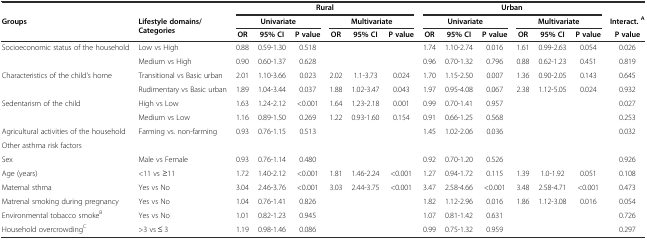
<table><thead><tr><td></td><td></td><td colspan="6"><b>Rural</b></td><td colspan="6"><b>Urban</b></td><td></td></tr><tr><td><b>Groups</b></td><td><b>Lifestyle domains/Categories</b></td><td colspan="3"><b>Univariate</b></td><td colspan="3"><b>Multivariate</b></td><td colspan="3"><b>Univariate</b></td><td colspan="3"><b>Multivariate</b></td><td><b>Interact.<sup>A</sup></b></td></tr><tr><td></td><td></td><td><b>OR</b></td><td><b>95% CI</b></td><td><b>P value</b></td><td><b>OR</b></td><td><b>95% CI</b></td><td><b>P value</b></td><td><b>OR</b></td><td><b>95% CI</b></td><td><b>P value</b></td><td><b>OR</b></td><td><b>95% CI</b></td><td><b>P value</b></td><td><b>P value</b></td></tr></thead><tbody><tr><td rowspan="2">Socioeconomic status of the household</td><td>Low vs High</td><td>0.88</td><td>0.59-1.30</td><td>0.518</td><td></td><td></td><td></td><td>1.74</td><td>1.10-2.74</td><td>0.016</td><td>1.61</td><td>0.99-2.63</td><td>0.054</td><td>0.026</td></tr><tr><td>Medium vs High</td><td>0.90</td><td>0.60-1.37</td><td>0.628</td><td></td><td></td><td></td><td>0.96</td><td>0.70-1.32</td><td>0.796</td><td>0.88</td><td>0.62-1.23</td><td>0.451</td><td>0.819</td></tr><tr><td rowspan="2">Characteristics of the child’s home</td><td>Transitional vs Basic urban</td><td>2.01</td><td>1.10-3.66</td><td>0.023</td><td>2.02</td><td>1.1-3.73</td><td>0.024</td><td>1.70</td><td>1.15-2.50</td><td>0.007</td><td>1.36</td><td>0.90-2.05</td><td>0.143</td><td>0.645</td></tr><tr><td>Rudimentary vs Basic urban</td><td>1.89</td><td>1.04-3.44</td><td>0.037</td><td>1.88</td><td>1.02-3.47</td><td>0.043</td><td>1.97</td><td>0.95-4.08</td><td>0.067</td><td>2.38</td><td>1.12-5.05</td><td>0.024</td><td>0.932</td></tr><tr><td rowspan="2">Sedentarism of the child</td><td>High vs Low</td><td>1.63</td><td>1.24-2.12</td><td>&lt;0.001</td><td>1.64</td><td>1.23-2.18</td><td>0.001</td><td>0.99</td><td>0.70-1.41</td><td>0.957</td><td></td><td></td><td></td><td>0.027</td></tr><tr><td>Medium vs Low</td><td>1.16</td><td>0.89-1.50</td><td>0.269</td><td>1.22</td><td>0.93-1.60</td><td>0.154</td><td>0.91</td><td>0.66-1.25</td><td>0.568</td><td></td><td></td><td></td><td>0.253</td></tr><tr><td>Agricultural activities of the household</td><td>Farming vs. non-farming</td><td>0.93</td><td>0.76-1.15</td><td>0.513</td><td></td><td></td><td></td><td>1.45</td><td>1.02-2.06</td><td>0.036</td><td></td><td></td><td></td><td>0.032</td></tr><tr><td colspan="2">Other asthma risk factors</td><td></td><td></td><td></td><td></td><td></td><td></td><td></td><td></td><td></td><td></td><td></td><td></td><td></td></tr><tr><td>Sex</td><td>Male vs Female</td><td>0.93</td><td>0.76-1.14</td><td>0.480</td><td></td><td></td><td></td><td>0.92</td><td>0.70-1.20</td><td>0.526</td><td></td><td></td><td></td><td>0.926</td></tr><tr><td>Age (years)</td><td>&lt;11 vs ≥11</td><td>1.72</td><td>1.40-2.12</td><td>&lt;0.001</td><td>1.81</td><td>1.46-2.24</td><td>&lt;0.001</td><td>1.27</td><td>0.94-1.72</td><td>0.115</td><td>1.39</td><td>1.0-1.92</td><td>0.051</td><td>0.108</td></tr><tr><td>Maternal sthma</td><td>Yes vs No</td><td>3.04</td><td>2.46-3.76</td><td>&lt;0.001</td><td>3.03</td><td>2.44-3.75</td><td>&lt;0.001</td><td>3.47</td><td>2.58-4.66</td><td>&lt;0.001</td><td>3.48</td><td>2.58-4.71</td><td>&lt;0.001</td><td>0.473</td></tr><tr><td>Matrenal smoking during pregnancy</td><td>Yes vs No</td><td>1.04</td><td>0.76-1.41</td><td>0.826</td><td></td><td></td><td></td><td>1.82</td><td>1.12-2.96</td><td>0.016</td><td>1.86</td><td>1.12-3.08</td><td>0.016</td><td>0.054</td></tr><tr><td>Environmental tobacco smoke<sup>B</sup></td><td>Yes vs No</td><td>1.01</td><td>0.82-1.23</td><td>0.945</td><td></td><td></td><td></td><td>1.07</td><td>0.81-1.42</td><td>0.631</td><td></td><td></td><td></td><td>0.726</td></tr><tr><td>Household overcrowding<sup>C</sup></td><td>&gt;3 vs ≤ 3</td><td>1.19</td><td>0.98-1.46</td><td>0.086</td><td></td><td></td><td></td><td>0.99</td><td>0.75-1.32</td><td>0.959</td><td></td><td></td><td></td><td>0.297</td></tr></tbody></table>